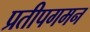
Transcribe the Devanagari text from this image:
प्रतीपगमन